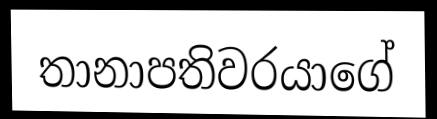
තානාපතිවරයාගේ